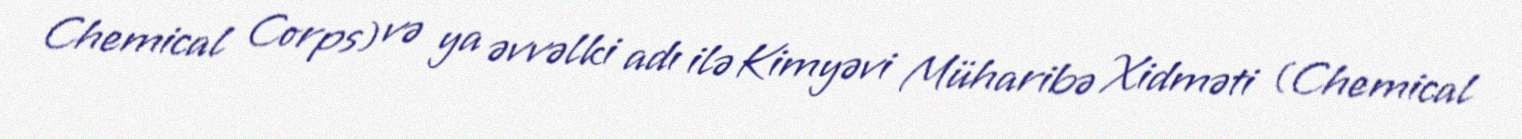
Chemical Corps) və ya əvvəlki adı ilə Kimyəvi Müharibə Xidməti (Chemical